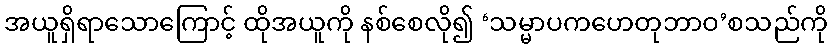
အယူရှိရာသောကြောင့် ထိုအယူကို နစ်စေလို၍ ‘သမ္မာပကဟေတုဘာဝ’စသည်ကို